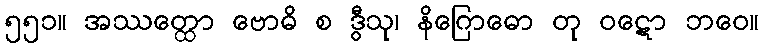
၅၅၁။ အဿတ္ထော ဗောဓိ စ ဒွီသု၊ နိဂြောဓော တု ဝဋော ဘဝေ။